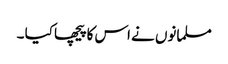
مسلمانوں نے اس کا پیچھا کیا ۔